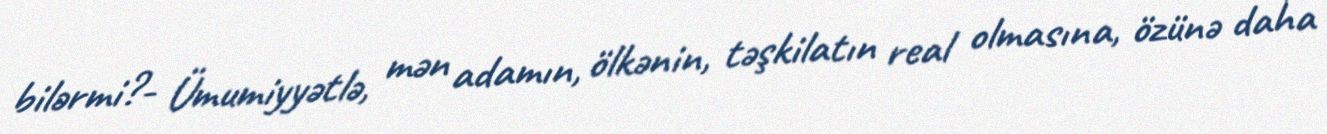
bilərmi?- Ümumiyyətlə, mən adamın, ölkənin, təşkilatın real olmasına, özünə daha